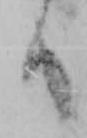
候